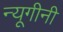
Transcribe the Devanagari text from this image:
न्यूगीनी